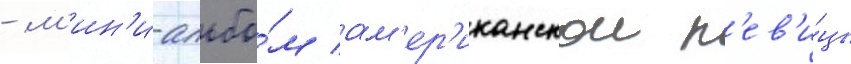
- м'ин'и-альбо́м ам'ер'иканскои п'ев'и́цы